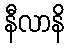
နီလာနိ